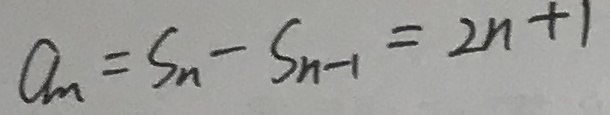
a _ { n } = S _ { n } - S _ { n - 1 } = 2 n + 1